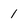
Character: 1